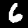
Label: 6